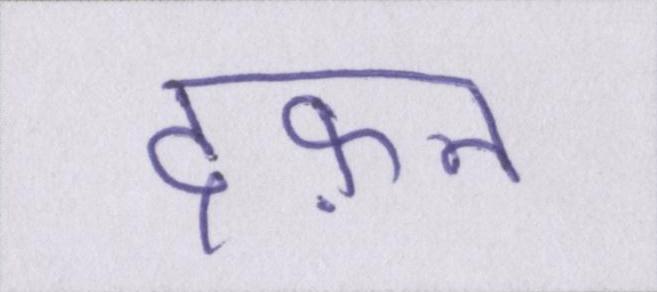
दफ़न